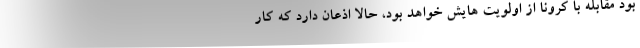
بود مقابله با کرونا از اولویت هایش خواهد بود، حالا اذعان دارد که کار